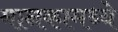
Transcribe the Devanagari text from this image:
मानकामध्ये